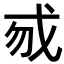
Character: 𢦠